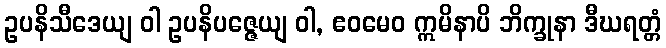
ဥပနိသီဒေယျ ဝါ ဥပနိပဇ္ဇေယျ ဝါ, ဧဝမေဝ ဣမိနာပိ ဘိက္ခုနာ ဒီဃရတ္တံ